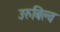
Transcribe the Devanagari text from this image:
उरुबिल्व